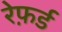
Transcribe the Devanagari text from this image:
रेफ़र्ड